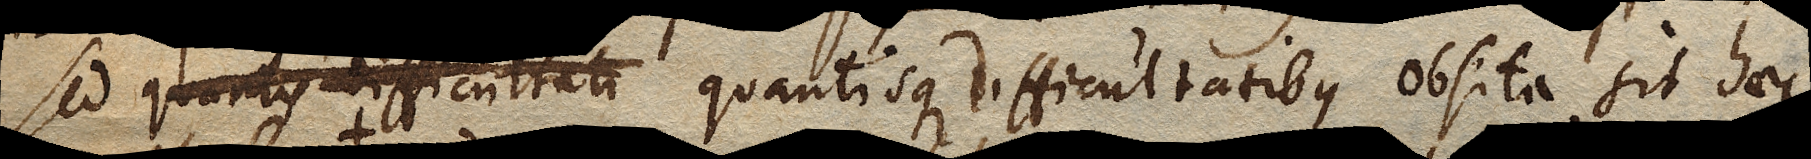
Sed quantis difficultati quantisque difficultatibus obsita sit haec